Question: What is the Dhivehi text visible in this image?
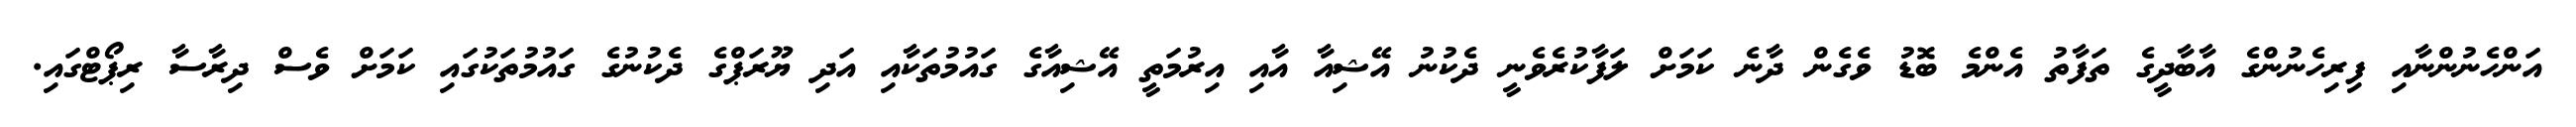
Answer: އަންހެނުންނާއި ފިރިހެނުންގެ އާބާދީގެ ތަފާތު އެންމެ ބޮޑު ވެގެން ދާނެ ކަމަށް ލަފާކުރެވެނީ ދެކުނު އޭޝިއާ އާއި އިރުމަތީ އޭޝިއާގެ ގައުމުތަކާއި އަދި ޔޫރަޕްގެ ދެކުނުގެ ގައުމުތަކުގައި ކަމަށް ވެސް ދިރާސާ ރިޕޯޓްގައި.